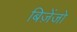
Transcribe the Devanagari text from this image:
बिज़ेंजो